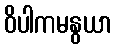
ဝိပါကမနွယာ